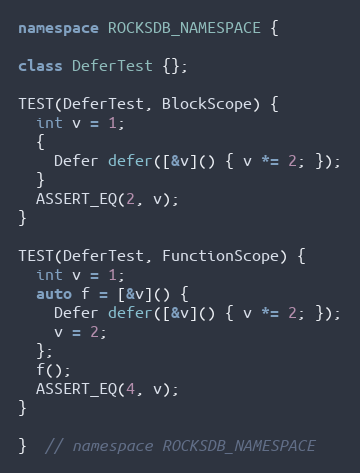
Language: C++
namespace ROCKSDB_NAMESPACE {

class DeferTest {};

TEST(DeferTest, BlockScope) {
  int v = 1;
  {
    Defer defer([&v]() { v *= 2; });
  }
  ASSERT_EQ(2, v);
}

TEST(DeferTest, FunctionScope) {
  int v = 1;
  auto f = [&v]() {
    Defer defer([&v]() { v *= 2; });
    v = 2;
  };
  f();
  ASSERT_EQ(4, v);
}

}  // namespace ROCKSDB_NAMESPACE